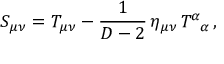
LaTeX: S _ { \mu \nu } = T _ { \mu \nu } - \frac { 1 } { D - 2 } \, \eta _ { \mu \nu } \, T _ { \; \; \; \alpha } ^ { \alpha } \, ,